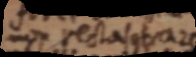
non recta _